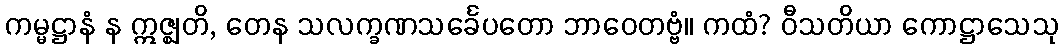
ကမ္မဋ္ဌာနံ န ဣဇ္ဈတိ, တေန သလက္ခဏသင်္ခေပတော ဘာဝေတဗ္ဗံ။ ကထံ? ဝီသတိယာ ကောဋ္ဌာသေသု